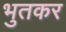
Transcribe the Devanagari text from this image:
भुतकर